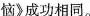
恼》成功相同